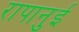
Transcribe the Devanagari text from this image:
रापानुई